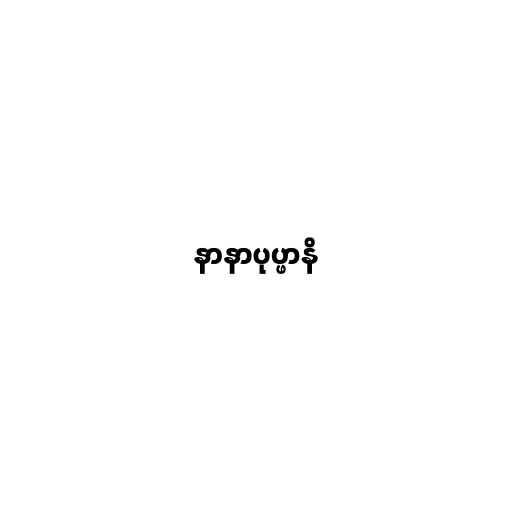
နာနာပုပ္ဖာနိ